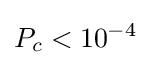
P_{c}<10^{-4}